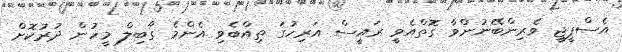
އެސްޕީޖީ ވެރިންބޭނުންވާ ގޮތްއެވީ ރައީސް އަރިހުގަ ތިއްބެވި އެންމެ ގާބިލް މީހުން ދުރުކޮށް